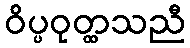
ဝိပ္ပဝုတ္ထသညီ